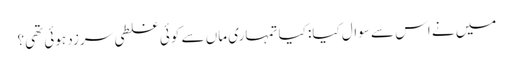
میں نے اس سے سوال کیا: کیا تمہاری ماں سے کوئی غلطی سرزد ہوئی تھی؟